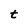
Character: t